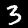
Digit: 3